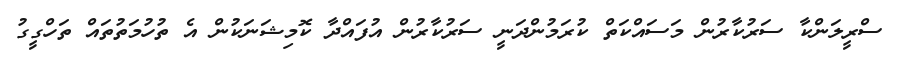
ސްރީލަންކާ ސަރުކާރުން މަސައްކަތް ކުރަމުންދަނީ ސަރުކާރުން އުފައްދާ ކޮމިޝަނަކުން އެ ތުހުމަތުތައް ތަހްގީގު